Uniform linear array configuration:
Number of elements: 24
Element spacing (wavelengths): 0.75
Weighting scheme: exponential
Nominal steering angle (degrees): -15
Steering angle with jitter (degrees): -16.066
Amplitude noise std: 0.05
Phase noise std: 0.05

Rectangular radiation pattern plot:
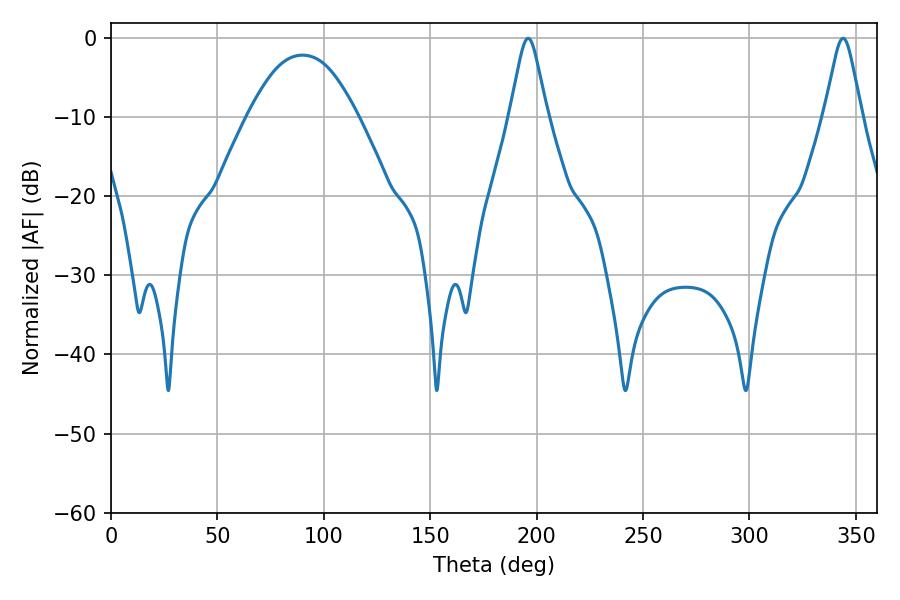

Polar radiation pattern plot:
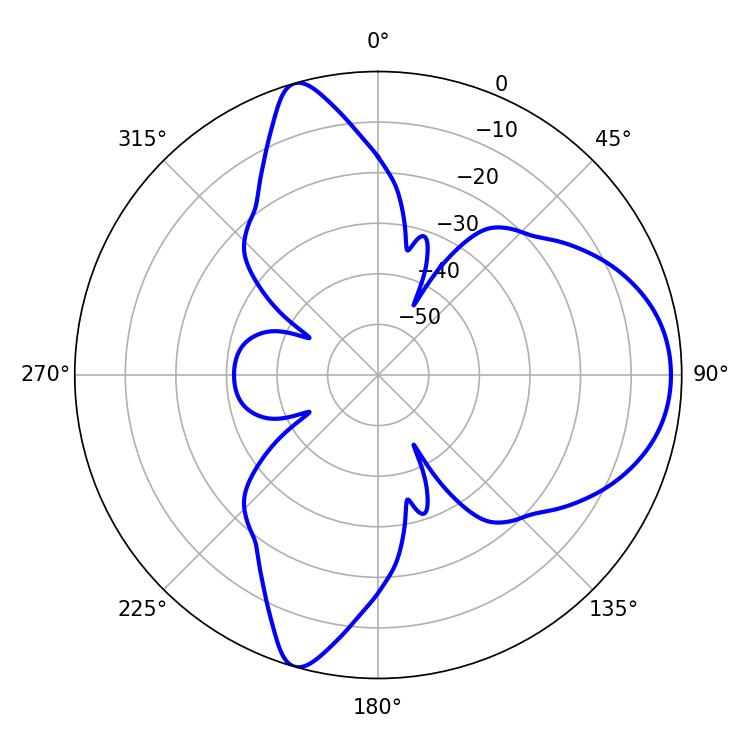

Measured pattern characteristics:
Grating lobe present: TRUE
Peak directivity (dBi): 8.761
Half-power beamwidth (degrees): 8.28
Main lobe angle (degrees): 196.02